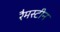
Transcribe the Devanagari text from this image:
रैमस्टीन